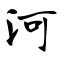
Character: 河